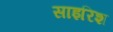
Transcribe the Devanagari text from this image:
साइरिश